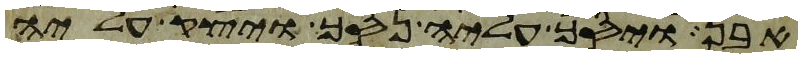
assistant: אבן ויסך עליה נסך ויצק עליה